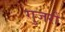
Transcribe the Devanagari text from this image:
गुजरीं